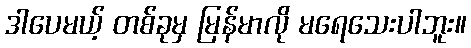
ဒါပေမယ့် တစ်ခုမှ မြန်မာလို မရေသေးပါဘူး။